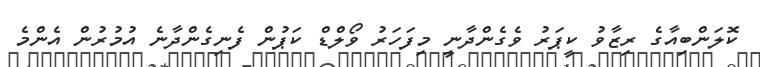
ކޮލަންބިއާގެ ރިޒާވު ކީޕަރު ވެގެންދާނީ މިފަހަރު ވޯލްޑް ކަޕުން ފެނިގެންދާނެ އުމުރުން އެންމެ